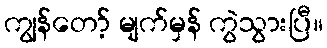
ကျွန်တော့် မျက်မှန် ကွဲသွားပြီ။